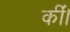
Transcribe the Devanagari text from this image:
कींं।